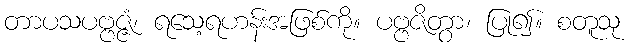
တာပသပဗ္ဗဇ္ဇံ၊ ရသေ့ရဟန်းအဖြစ်ကို။ ပဗ္ဗဇိတွာ၊ ပြု၍။ စတူသု